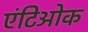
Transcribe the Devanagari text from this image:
एंटिओक